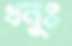
ধনুঃ